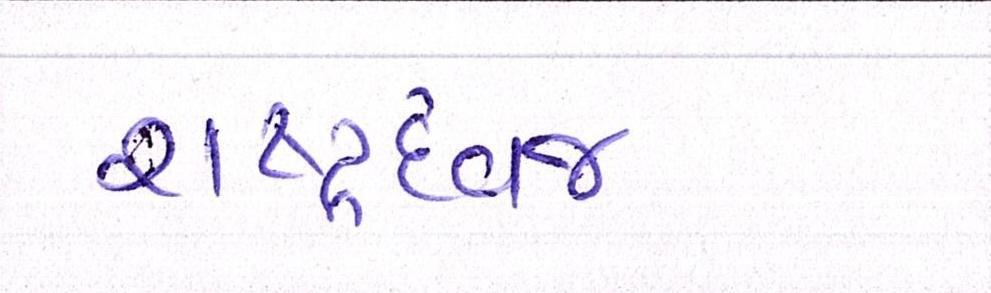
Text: રાષ્ટ્રધ્વજ